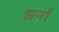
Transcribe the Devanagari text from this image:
झर्ना